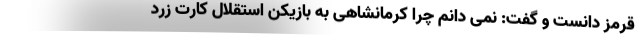
قرمز دانست و گفت: نمی دانم چرا کرمانشاهی به بازیکن استقلال کارت زرد